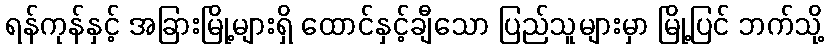
ရန်ကုန်နှင့် အခြားမြို့များရှိ ထောင်နှင့်ချီသော ပြည်သူများမှာ မြို့ပြင် ဘက်သို့